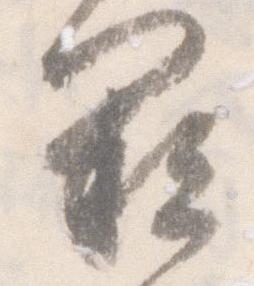
欠